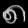
Digit: ၈